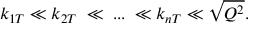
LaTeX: k _ { 1 T } \ll k _ { 2 T } \; \ll \; . . . \; \ll k _ { n T } \ll \sqrt { Q ^ { 2 } } .